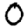
Digit: 0